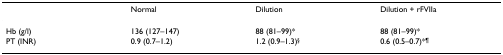
<table><thead><tr><td></td><td><b>Normal</b></td><td><b>Dilution</b></td><td><b>Dilution + rFVIIa</b></td></tr></thead><tbody><tr><td>Hb (g/l)</td><td>136 (127–147)</td><td>88 (81–99)*</td><td>88 (81–99)*</td></tr><tr><td>PT (INR)</td><td>0.9 (0.7–1.2)</td><td>1.2 (0.9–1.3)<sup>§</sup></td><td>0.6 (0.5–0.7)*<sup>¶</sup></td></tr></tbody></table>